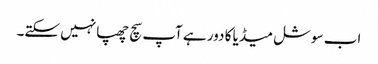
اب سوشل میڈیا کا دور ہے آپ سچ چھپانہیں سکتے۔